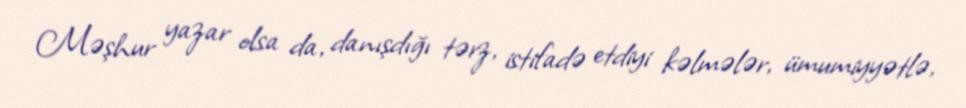
Məşhur yazar olsa da, danışdığı tərz, istifadə etdiyi kəlmələr, ümumiyyətlə,